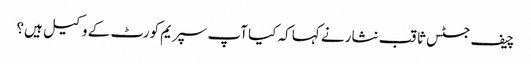
چیف جسٹس ثاقب نثار نے کہا کہ کیا آپ سپریم کورٹ کے وکیل ہیں؟